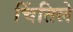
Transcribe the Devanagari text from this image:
चिंतिले